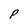
Character: P